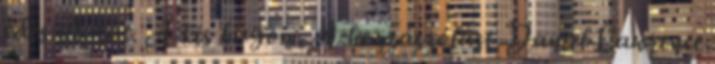
édes illatát. A kis húgom. A hozzászólást Daniel Lawrence